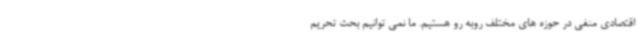
اقتصادی منفی در حوزه های مختلف روبه رو هستیم. ما نمی توانیم بحث تحریم